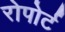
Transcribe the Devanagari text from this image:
रोपोर्ट